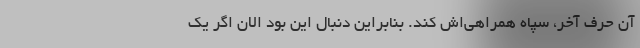
آن حرف آخر، سپاه همراهی‌اش کند. بنابراین دنبال این بود الان اگر یک